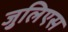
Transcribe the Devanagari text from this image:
जुलिएस